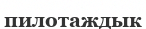
пилотаждык